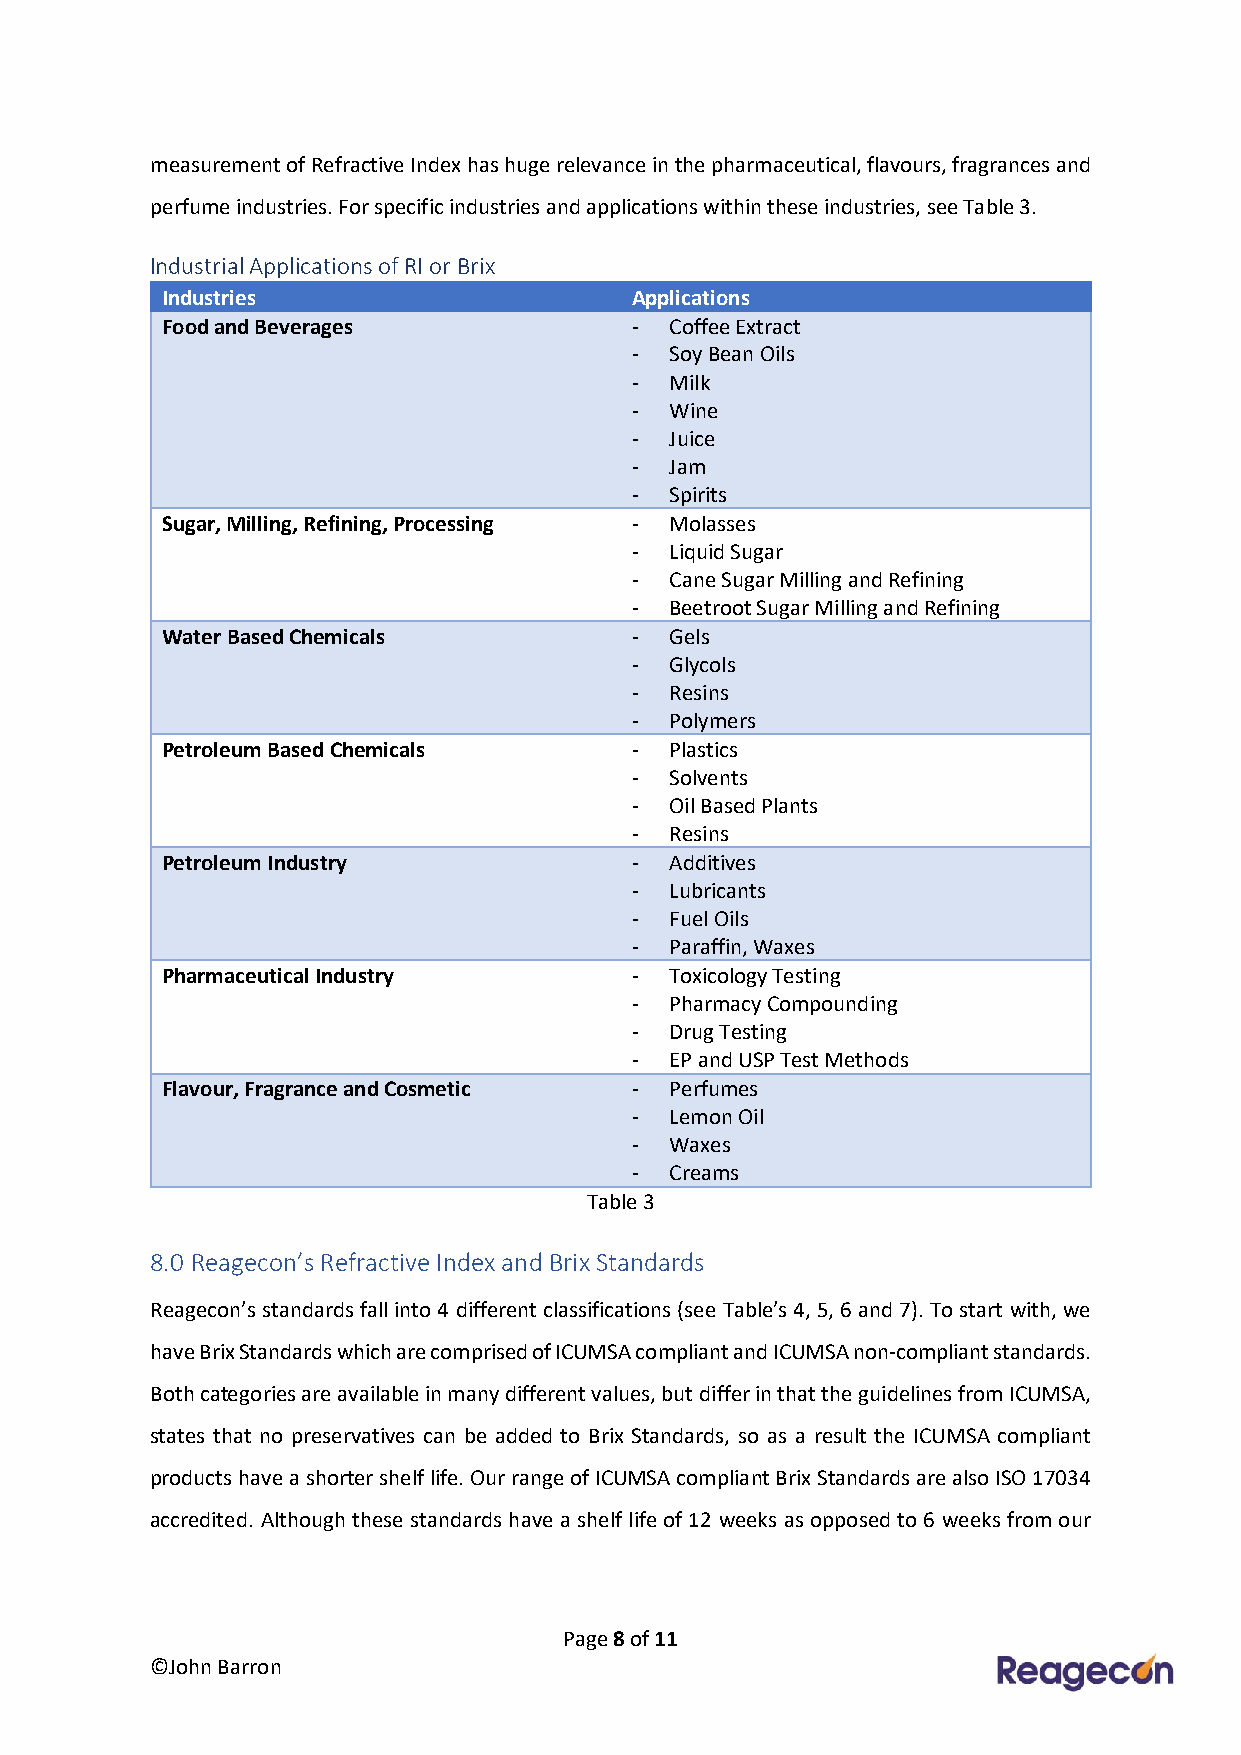
measurement of Refractive Index has huge relevance in the pharmaceutical, flavours, fragrances and
 perfume industries. For specific industries and applications within these industries, see Table 3.
 Industrial Applications of RI or Brix
 Industries                     Applications
 Food and Beverages             - Coffee Extract
 - Soy Bean Oils
 - Milk
 - Wine
 - Juice
 - Jam
 - Spirits
 Sugar, Milling, Refining, Processing - Molasses
 - Liquid Sugar
 - Cane Sugar Milling and Refining
 - Beetroot Sugar Milling and Refining
 Water Based Chemicals          - Gels
 - Glycols
 - Resins
 - Polymers
 Petroleum Based Chemicals      - Plastics
 - Solvents
 - Oil Based Plants
 - Resins
 Petroleum Industry             - Additives
 - Lubricants
 - Fuel Oils
 - Paraffin, Waxes
 Pharmaceutical Industry        - Toxicology Testing
 - Pharmacy Compounding
 - Drug Testing
 - EP and USP Test Methods
 Flavour, Fragrance and Cosmetic - Perfumes
 - Lemon Oil
 - Waxes
 - Creams
 Table 3
 8.0 Reagecon’s Refractive Index and Brix Standards
 Reagecon’s standards fall into 4 different classifications (see Table’s 4, 5, 6 and 7). To start with, we
 have Brix Standards which are comprised of ICUMSA compliant and ICUMSA non-compliant standards.
 Both categories are available in many different values, but differ in that the guidelines from ICUMSA,
 states that no preservatives can be added to Brix Standards, so as a result the ICUMSA compliant
 products have a shorter shelf life. Our range of ICUMSA compliant Brix Standards are also ISO 17034
 accredited. Although these standards have a shelf life of 12 weeks as opposed to 6 weeks from our
 Page 8 of 11
 ©John Barron